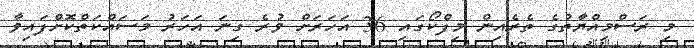
މި ރަސްމިއްޔާތުގެ ތެރެއިން މިފްކޯގައި 36 އަހަރަށް ވުރެ ގިނަ އަހަރު މަސައްކަތްކޮށްފައިވާ